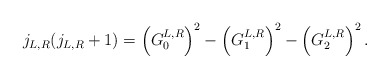
\begin{align*}j_{L,R}(j_{L,R}+1)=\left( G_0^{L,R}\right) ^2-\left( G_1^{L,R}\right)^2-\left( G_2^{L,R}\right) ^2.\end{align*}